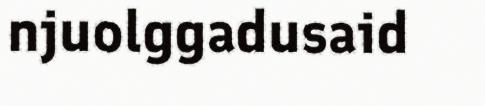
njuolggadusaid